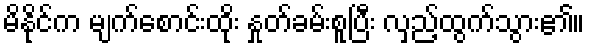
မိနိုင်က မျက်စောင်းထိုး နှုတ်ခမ်းစူပြီး လှည့်ထွက်သွား၏။